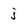
Character: j